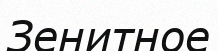
Зенитное